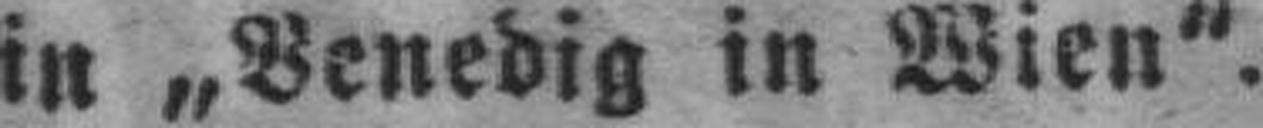
in „Venedig in Wien“.